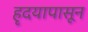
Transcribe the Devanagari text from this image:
हृदयापासून